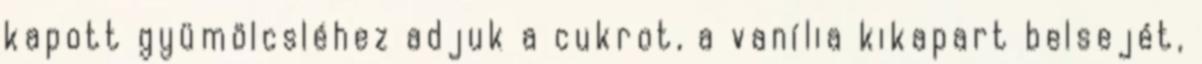
kapott gyümölcsléhez adjuk a cukrot, a vanília kikapart belsejét,